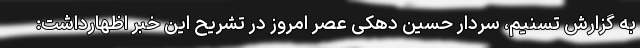
به گزارش تسنیم، سردار حسین دهکی عصر امروز در تشریح این خبر اظهارداشت: